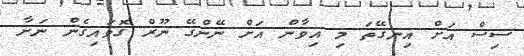
ސިސް އަށް އިނގޭތަ މި އިވާން އަށް ނޭންގޭ ނޫރް ގޮވައިގެން ނަށާ